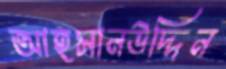
আহসানউদ্দিন